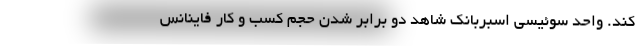
کند. واحد سوئیسی اسبربانک شاهد دو برابر شدن حجم کسب و کار فاینانس